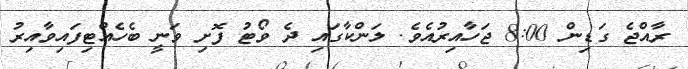
ރާއްޖެ ގަޑިން 8:00 ޖަހާއިރުއެވެ. ލަންކާގައި ދެ ވޯޓު ފޮށި ވަނީ ބެހެއްޓިފައިވާއިރު